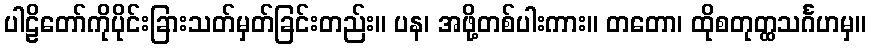
ပါဠိတော်ကိုပိုင်းခြားသတ်မှတ်ခြင်းတည်း။ ပန၊ အဖို့တစ်ပါးကား။ တတော၊ ထိုစတုတ္ထသင်္ဂဟမှ။